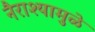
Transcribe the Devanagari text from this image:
नैराश्यामुळे